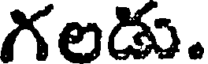
గలడు.